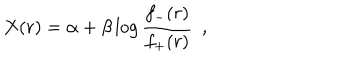
X ( r ) = \alpha + \beta \log \frac { f _ { - } ( r ) } { f _ { + } ( r ) } ~ ~ ,